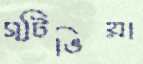
স্টিভিয়া